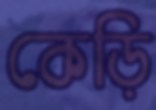
কেড়ি